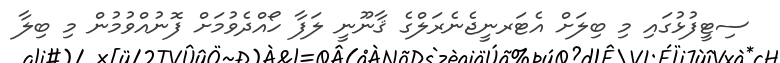
ސިޓީފުޅުގައި މި ބިލަށް އެޓަރނީޖެނެރަލްގެ ޤާނޫނީ ލަފާ ހޯއްދެވުމަށް ފޮނުއްވުމުން މި ބިލާ